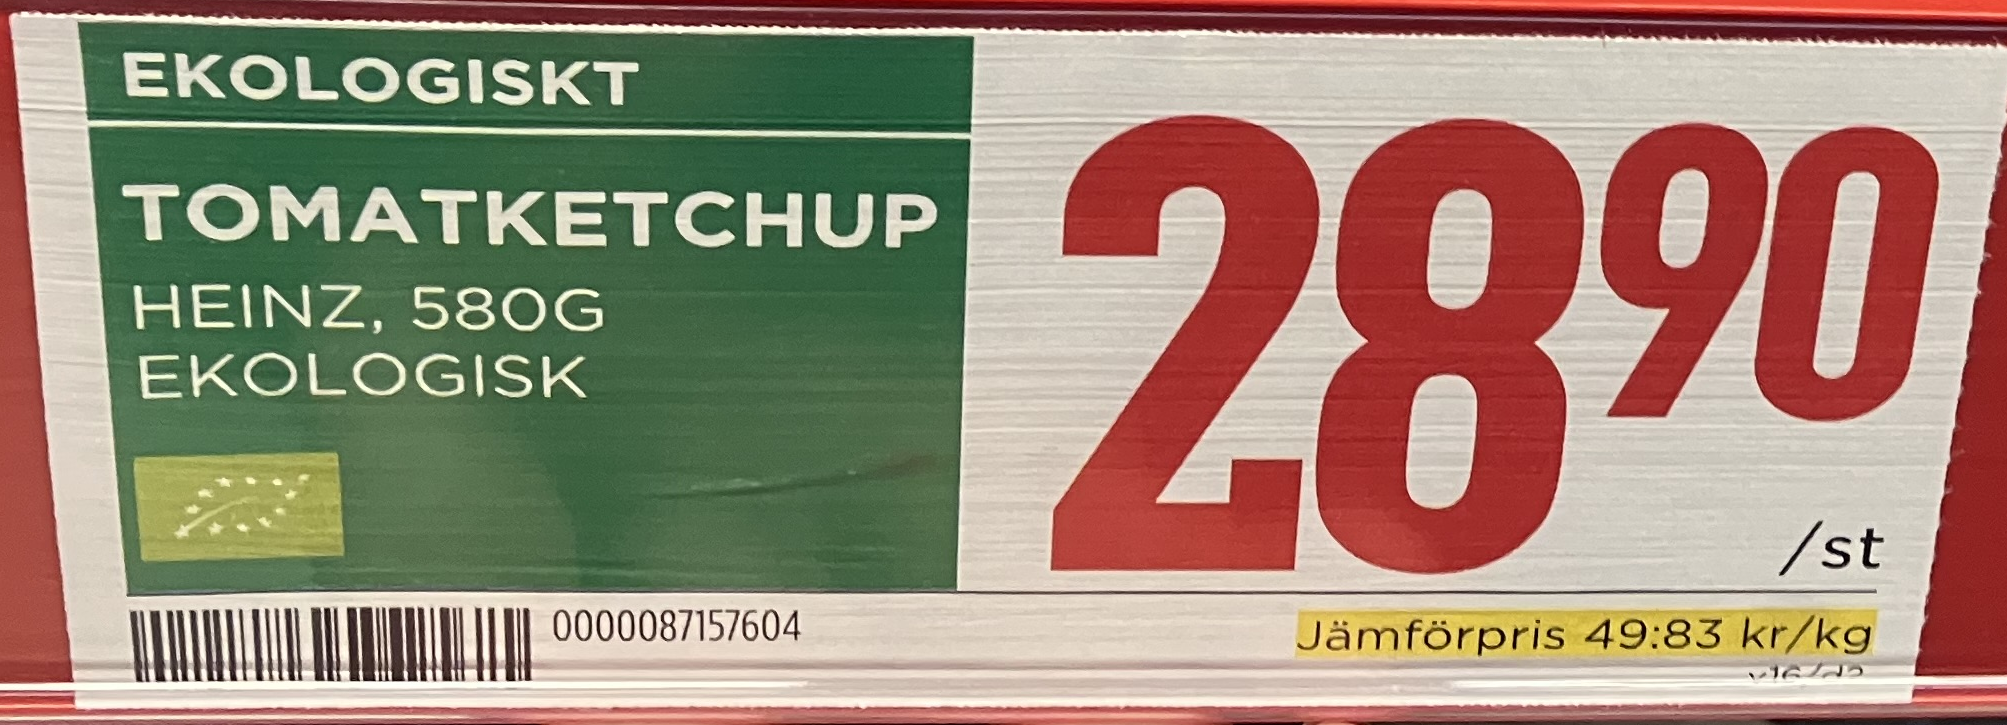
Vara: Tomatketchup
Genomsnittspris: 49.83 per kg